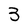
Character: 3